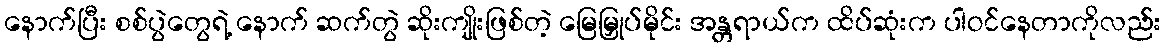
နောက်ပြီး စစ်ပွဲတွေရဲ့ နောက် ဆက်တွဲ ဆိုးကျိုးဖြစ်တဲ့ မြေမြှုပ်မိုင်း အန္တရာယ်က ထိပ်ဆုံးက ပါဝင်နေတာကိုလည်း